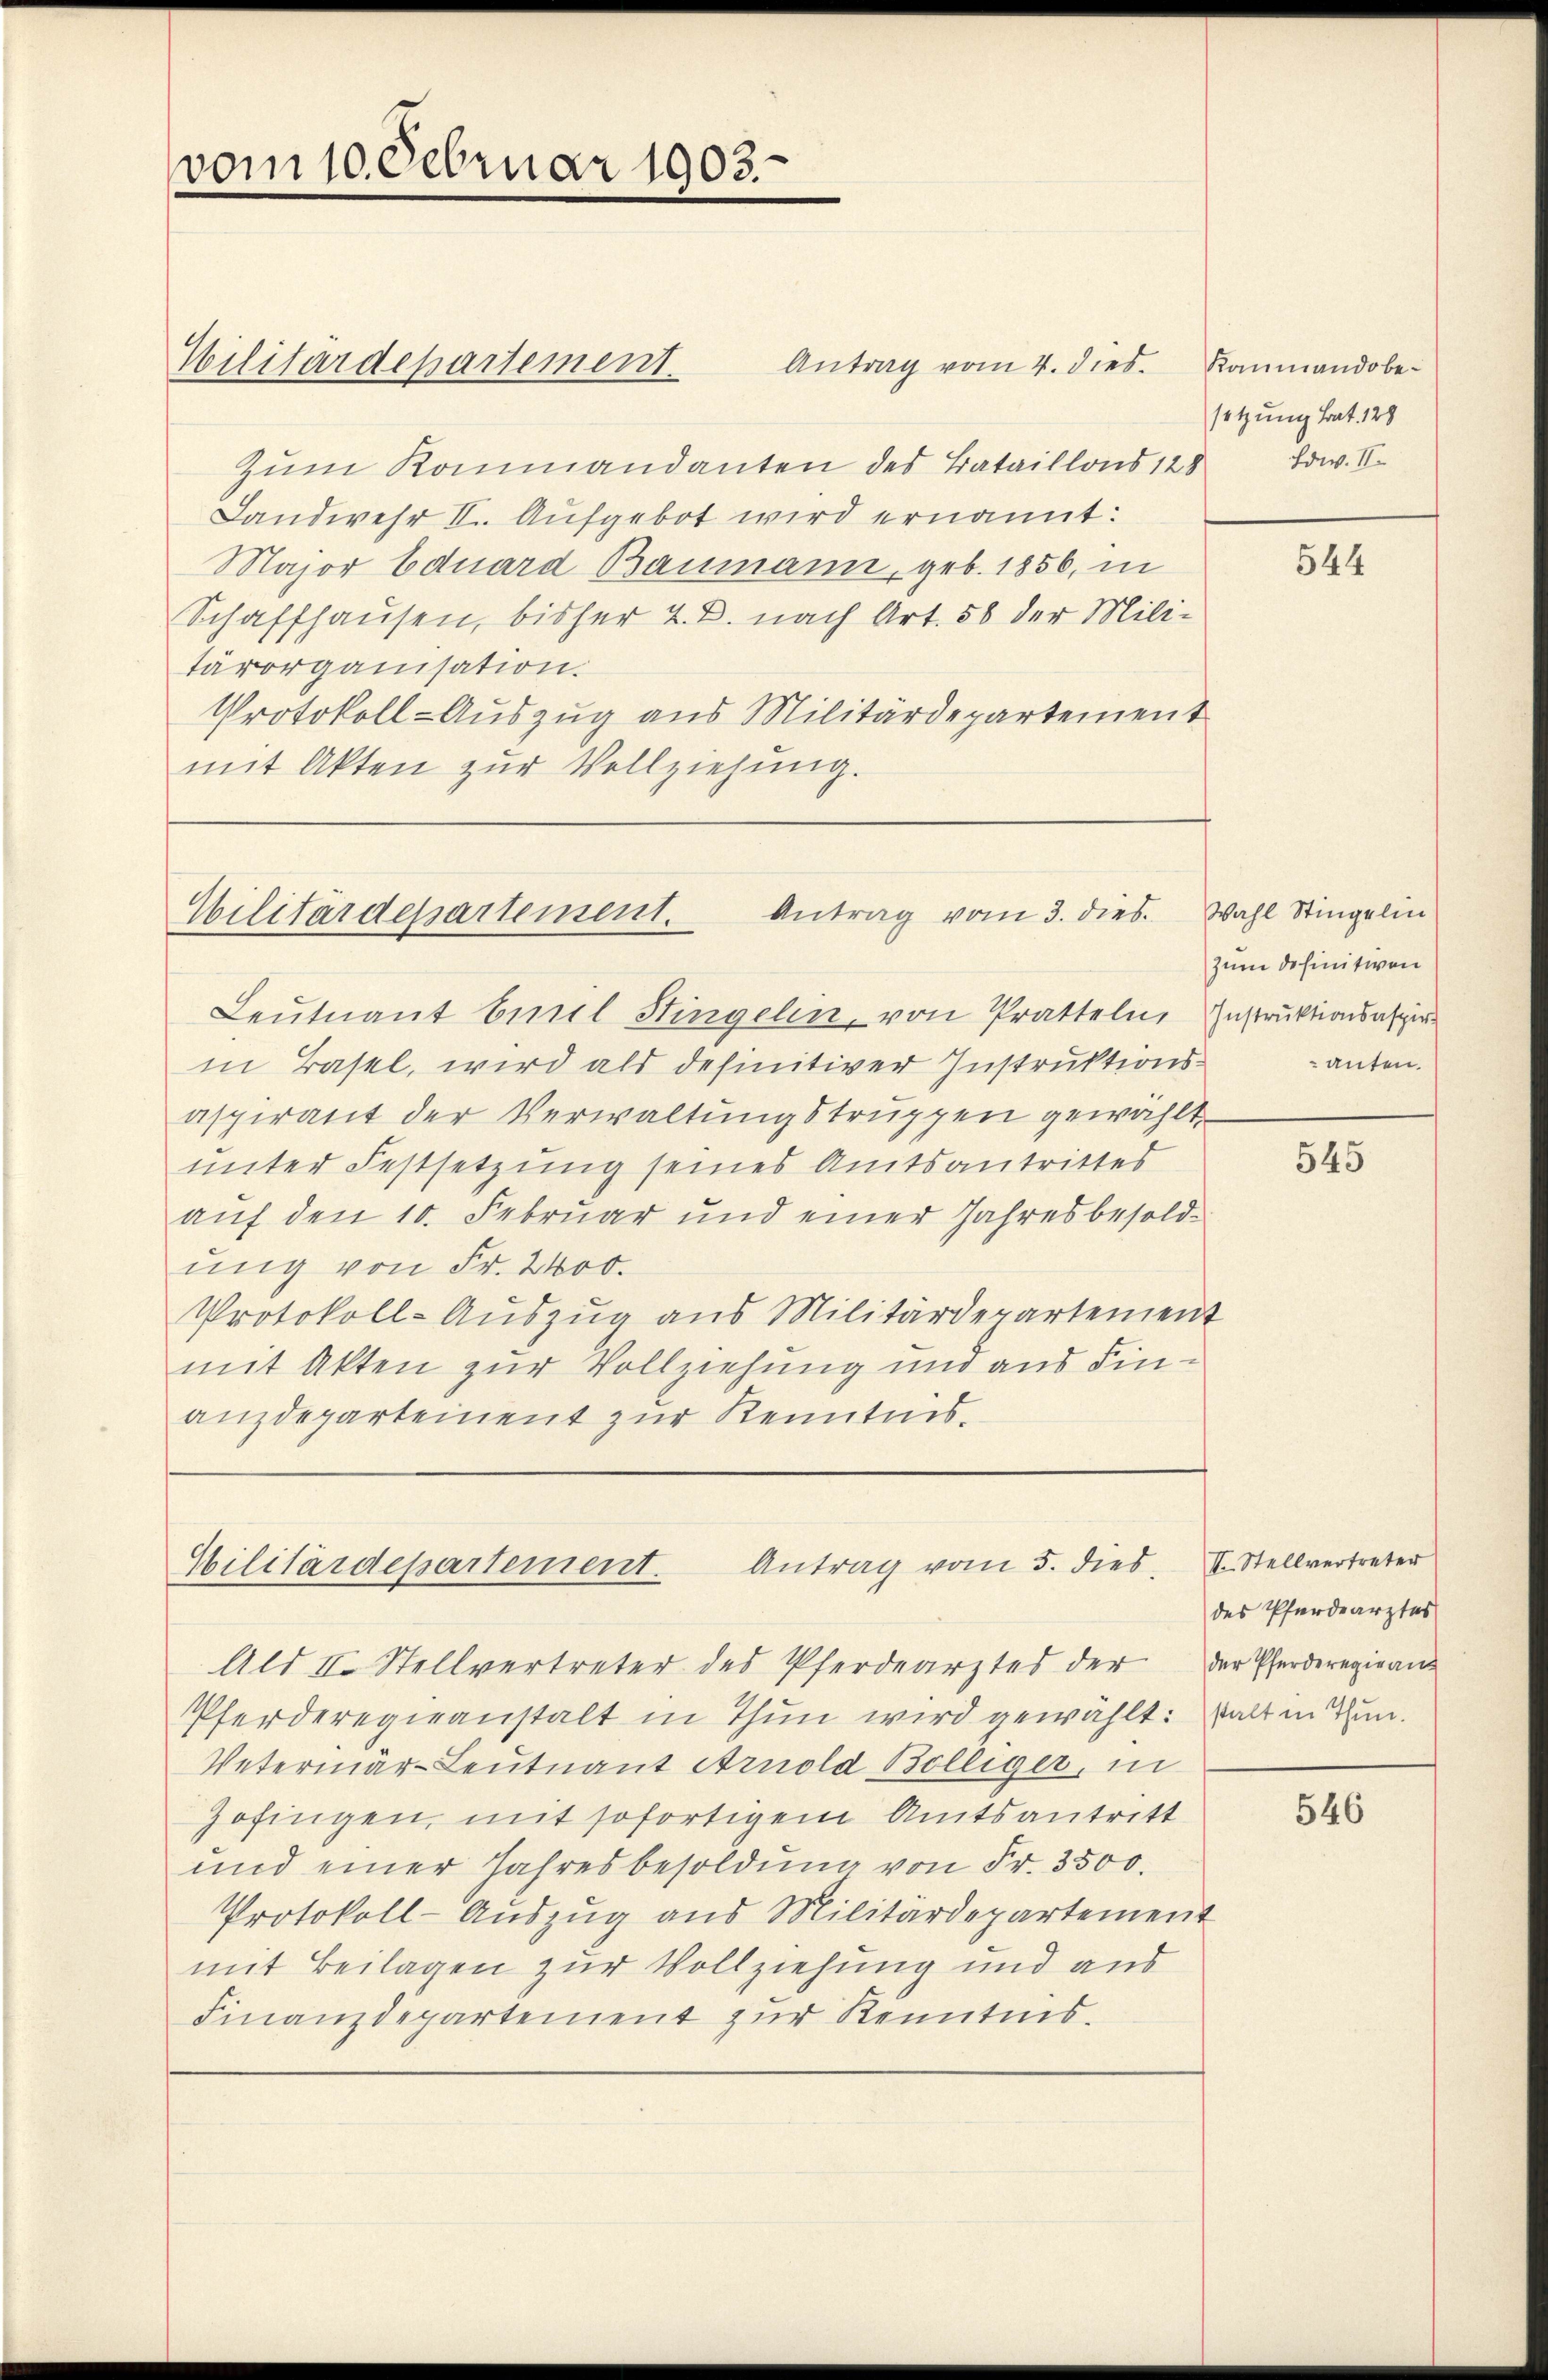
vom 10. Februar 1903.

Wilitärdepartement.

Antrag vom 4. dies
Zŭm Kommandanten des Bataillons 128 Bow. II.
Landwehr II. Aufgebot wird ernannt:
Major Eduard Baumann, geb. 1856, in
Schaffhausen, bisher 2. B. nach Art. 58 der Mili-
tärorganisation.
Protokoll-Auszug aus Militärdepartement
mit Akten zur Vollziehung.

Antrag vom 3. dies
Wilitärdepartement.

Leutnant burel Stingelin, von Pratteln, Instruktionsaspir
in Basel, wird als definitiver Instruktionsaspirant der Verwaltungstruppen gewählt
unter Festsetzung seines Amtsantrittes
auf den 10. Februar und einer Jahresbesoldung von Fr. 2400.
Protokoll-Aŭszŭg aŭs Militärdepartement
mit Akten zur Vollziehung und aus Finanzdepartement zur Kenntnis.

Antrag vom 5. dies
Gilitärdepartement.
Alt II. Stellvertreter des Pferdearztes der der Pferderegien

Pferderegieanstalt in Thun wird gewählt: Statt in Thun.
Vetermär-Leutnant Arnold Billiger, in
Zofingen, mit sofortigem Amtsantritt
und einer Jahresbesoldŭng von Fr. 3500.
Protokoll-Auszug aus Militärdepartement
mit Beilagen zur Vollziehung und aus
Finanzdepartement zur Kenntnis.

Kanmandobesetzung hat. 128

544

Wahl Stingelin
zum definitiven
anten.

545

II. Stellvertreter
des Pferdearztes

546